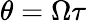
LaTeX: \theta=\Omega\tau